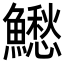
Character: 𩼗